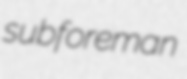
subforeman